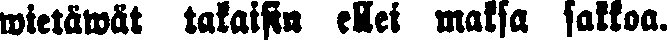
wietäwät takaisin ellei maksa sakkoa.